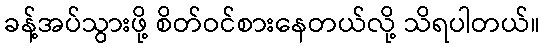
ခန့်အပ်သွားဖို့ စိတ်ဝင်စားနေတယ်လို့ သိရပါတယ်။